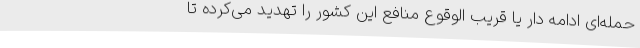
حمله‌ای ادامه دار یا قریب الوقوع منافع این کشور را تهدید می‌کرده تا